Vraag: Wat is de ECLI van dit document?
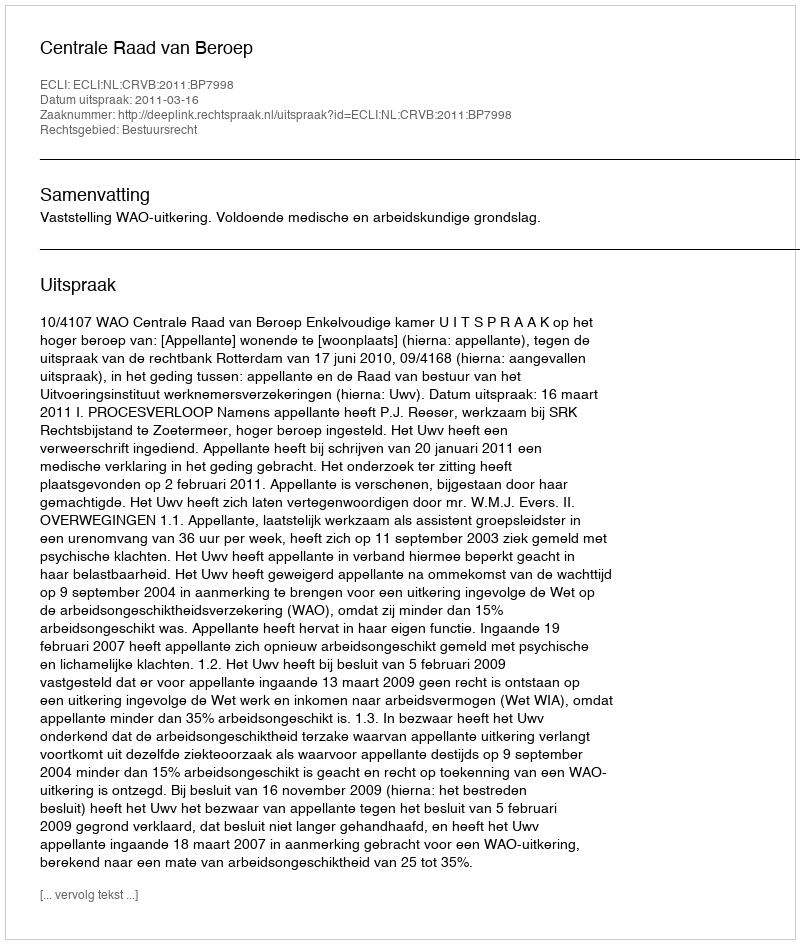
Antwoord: ECLI:NL:CRVB:2011:BP7998